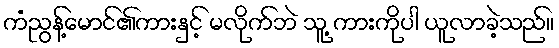
ကံညွန့်မောင်၏ကားနှင့် မလိုက်ဘဲ သူ့ ကားကိုပါ ယူလာခဲ့သည်။